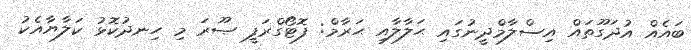
ބައެއް އުދަގޫތައް އިސްލާމްދީނުގައި ޙަލާލާއި ޙަރާމް: ފޮޓޯގްރަފީ ޞޫރަ މި ހިނދުކޮޅު ކަލާޔާއެކު